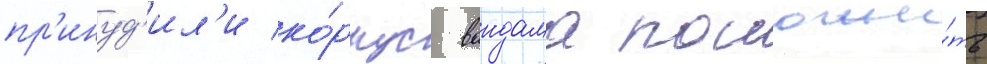
пр'инуд'ил'и ко́рпус вандама положи́ть